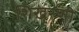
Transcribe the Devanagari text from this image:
शिखरणी